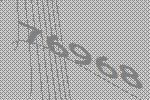
76968